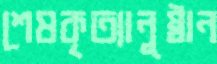
শেষকৃত্যানুষ্ঠান